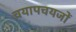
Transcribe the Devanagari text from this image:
चयापचयजों